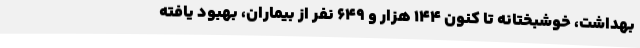
بهداشت، خوشبختانه تا کنون 144 هزار و 649 نفر از بیماران، بهبود یافته